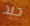
جيد